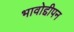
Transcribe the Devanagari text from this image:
भावोद्दीपन